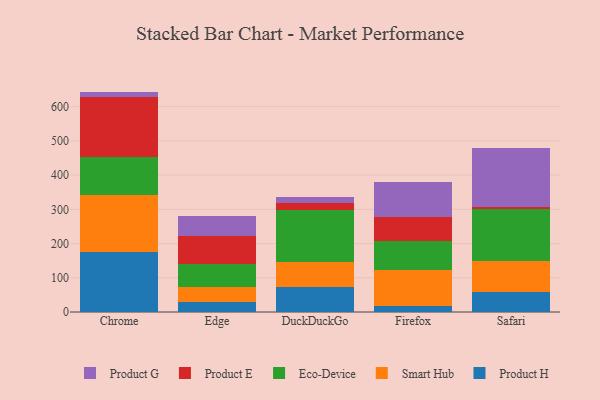
{"axis": {"x": "Browser", "y": "Website Visitors"}, "legend": ["Eco-Device", "Product E", "Product G", "Product H", "Smart Hub"], "data": [{"x": "Chrome", "y": 175.7, "type": "Product H"}, {"x": "Chrome", "y": 167.0, "type": "Smart Hub"}, {"x": "Chrome", "y": 109.8, "type": "Eco-Device"}, {"x": "Chrome", "y": 174.9, "type": "Product E"}, {"x": "Chrome", "y": 16.6, "type": "Product G"}, {"x": "Edge", "y": 28.4, "type": "Product H"}, {"x": "Edge", "y": 44.1, "type": "Smart Hub"}, {"x": "Edge", "y": 69.1, "type": "Eco-Device"}, {"x": "Edge", "y": 80.9, "type": "Product E"}, {"x": "Edge", "y": 58.2, "type": "Product G"}, {"x": "DuckDuckGo", "y": 73.9, "type": "Product H"}, {"x": "DuckDuckGo", "y": 73.1, "type": "Smart Hub"}, {"x": "DuckDuckGo", "y": 150.5, "type": "Eco-Device"}, {"x": "DuckDuckGo", "y": 19.7, "type": "Product E"}, {"x": "DuckDuckGo", "y": 19.3, "type": "Product G"}, {"x": "Firefox", "y": 18.9, "type": "Product H"}, {"x": "Firefox", "y": 102.9, "type": "Smart Hub"}, {"x": "Firefox", "y": 85.2, "type": "Eco-Device"}, {"x": "Firefox", "y": 71.8, "type": "Product E"}, {"x": "Firefox", "y": 100.2, "type": "Product G"}, {"x": "Safari", "y": 59.5, "type": "Product H"}, {"x": "Safari", "y": 89.8, "type": "Smart Hub"}, {"x": "Safari", "y": 152.0, "type": "Eco-Device"}, {"x": "Safari", "y": 6.9, "type": "Product E"}, {"x": "Safari", "y": 171.3, "type": "Product G"}]}